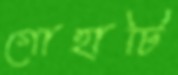
গোহাটি